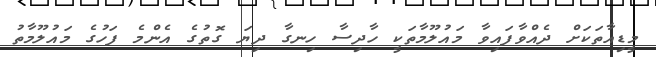
މީޑިއާތަކަށް ދެއްވާފައިވާ މައުލޫމާތަކީ ހާދިސާ ހިނގާ ދިޔަ ގޮތުގެ އެންމެ ފަހުގެ މައުލޫމާތު